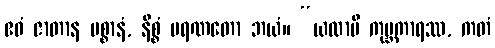
ဧဝံ ဇာတာန မစ္စာနံ, နိစ္စံ မရဏတော ဘယံ။ “ယထာပိ ကုမ္ဘကာရဿ, ကတံ